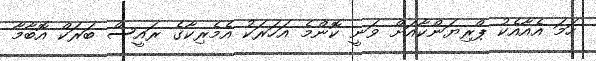
ހަމަ އެއާއެކު ޕްރިޔަންކާއަށް ވަނީ ކޮންމެ އަހަރަކު އެމެރިކާގެ ރައީސް ބަރަކް އޮބާމާ